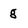
Character: g